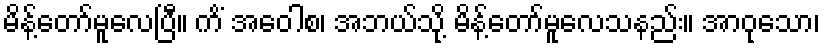
မိန့်တော်မူလေပြီ။ ကိံ အဝေါစ၊ အဘယ်သို့ မိန့်တော်မူလေသနည်း။ အာဝုသော၊